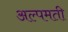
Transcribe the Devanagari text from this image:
अल्पमती